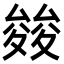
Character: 𭐪